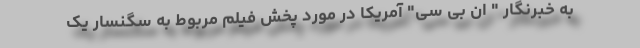
به خبرنگار " ان بی سی" آمریکا در مورد پخش فیلم مربوط به سگنسار یک